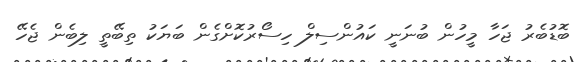
ބޮޑުބެރު ޖަހާ މީހުން ބުނަނީ ކައުންސިލް ހިސޯރުކޮށްގެން ބަޔަކު ތިބޭތީ ލިބެން ޖެހޭ